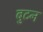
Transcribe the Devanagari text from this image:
बुटन